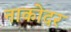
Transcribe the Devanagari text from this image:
नाकोदर